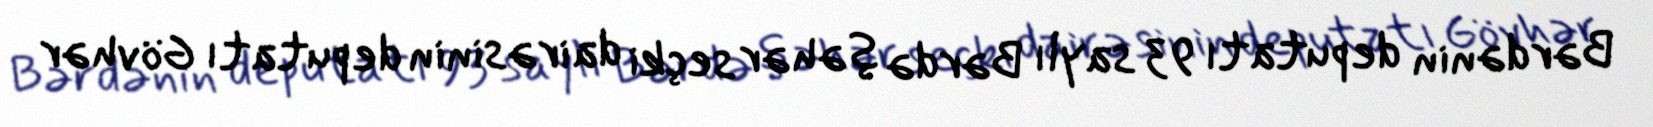
Bərdənin deputatı 93 saylı Bərdə şəhər seçki dairəsinin deputatı Gövhər